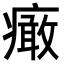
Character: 𤺍